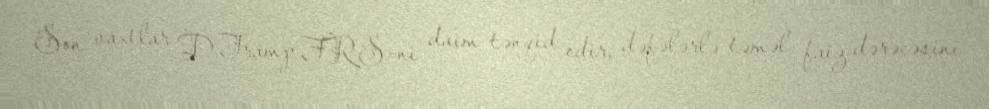
Son vaxtlar D.Tramp FRS-ni daim tənqid edir, dəfələrlə təməl faiz dərəcəsini